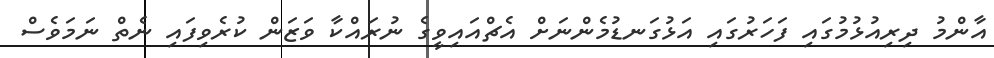
އާންމު ދިރިއުޅުމުގައި ފަހަރުގައި އަޅުގަނޑުމެންނަށް އެޗްއައިވީގެ ނުރައްކާ ވަޒަން ކުރެވިފައި ނެތް ނަމަވެސް